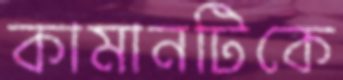
কামানটিকে